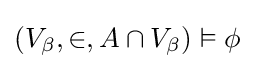
(V_{\beta },\in ,A\cap V_{\beta })\vDash \phi